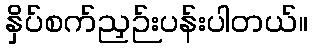
နှိပ်စက်ညှဉ်းပန်းပါတယ်။